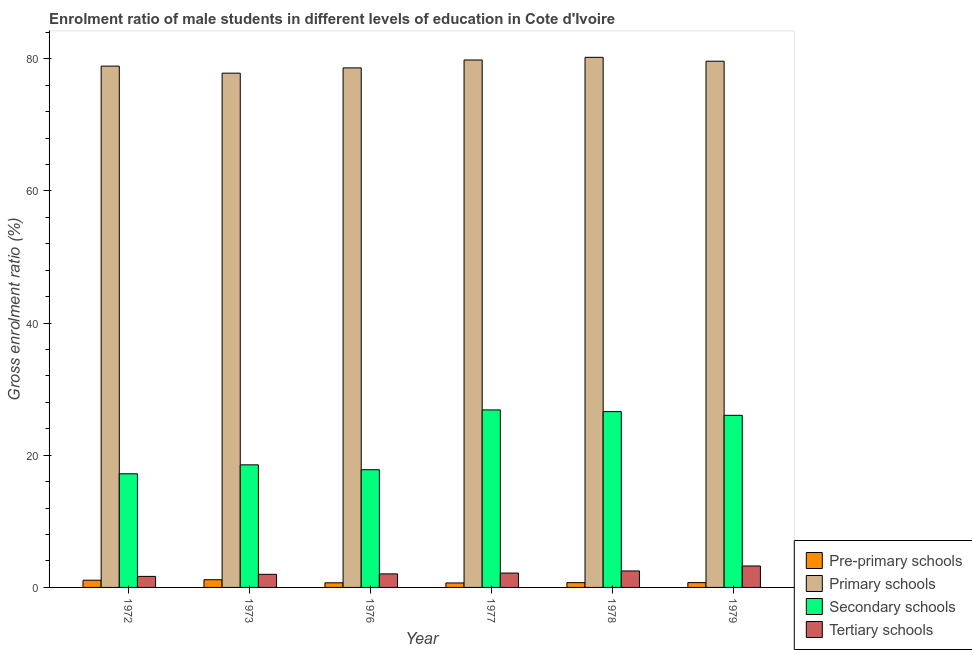
| Year | Pre-primary schools | Primary schools | Secondary schools | Tertiary schools |
 | --- | --- | --- | --- | --- |
 | 1972 | 1.09 | 78.9 | 17.2 | 1.67 |
 | 1973 | 1.17 | 77.8 | 18.6 | 1.98 |
 | 1976 | 0.699 | 78.6 | 17.8 | 2.05 |
 | 1977 | 0.678 | 79.8 | 26.9 | 2.17 |
 | 1978 | 0.722 | 80.2 | 26.6 | 2.49 |
 | 1979 | 0.727 | 79.6 | 26 | 3.25 |